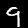
Digit: 9